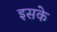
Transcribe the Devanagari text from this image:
इसके